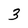
Character: 3